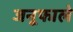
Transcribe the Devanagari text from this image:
जनूफाले